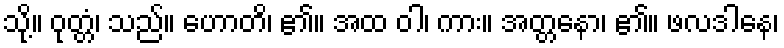
သို့။ ဝုတ္တံ၊ သည်။ ဟောတိ၊ ၏။ အထ ဝါ၊ ကား။ အတ္တနော၊ ၏။ ဖလဒါနေ၊